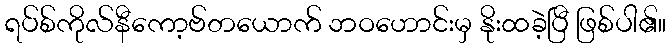
ရပ်စ်ကိုလ်နီကော့ဗ်တယောက် ဘဝဟောင်းမှ နိုးထခဲ့ပြီ ဖြစ်ပါ၏။